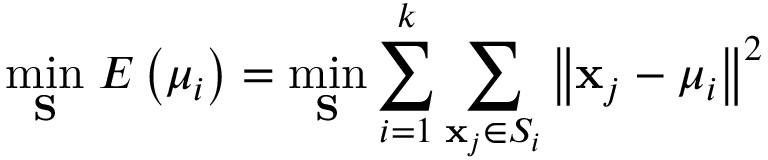
\underset { \mathbf { S } } { \mathrm { m i n } } \; E \left( \boldsymbol { \mu _ { i } } \right) = \underset { \mathbf { S } } { \mathrm { m i n } } \sum _ { i = 1 } ^ { k } \sum _ { \mathbf { x } _ { j } \in S _ { i } } \left\Vert \mathbf { x } _ { j } - \boldsymbol { \mu } _ { i } \right\Vert ^ { 2 }